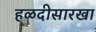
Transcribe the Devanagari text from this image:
हळदीसारखा